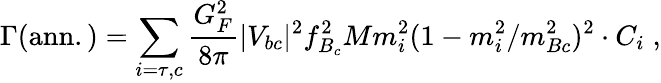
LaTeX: \Gamma\mathrm{(ann.)}=\sum_{i=\tau,c}\frac{G_{F}^{2}}{8\pi}|V_{bc}|^{2}f_{B_{c}}^{2}Mm_{i}^{2}(1-m_{i}^{2}/m_{Bc}^{2})^{2}\cdot C_{i}\; ,